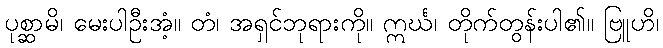
ပုစ္ဆာမိ၊ မေးပါဦးအံ့။ တံ၊ အရှင်ဘုရားကို။ ဣင်္ဃ၊ တိုက်တွန်းပါ၏။ ဗြူဟိ၊